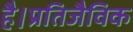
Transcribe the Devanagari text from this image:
है।प्रतिजैविक